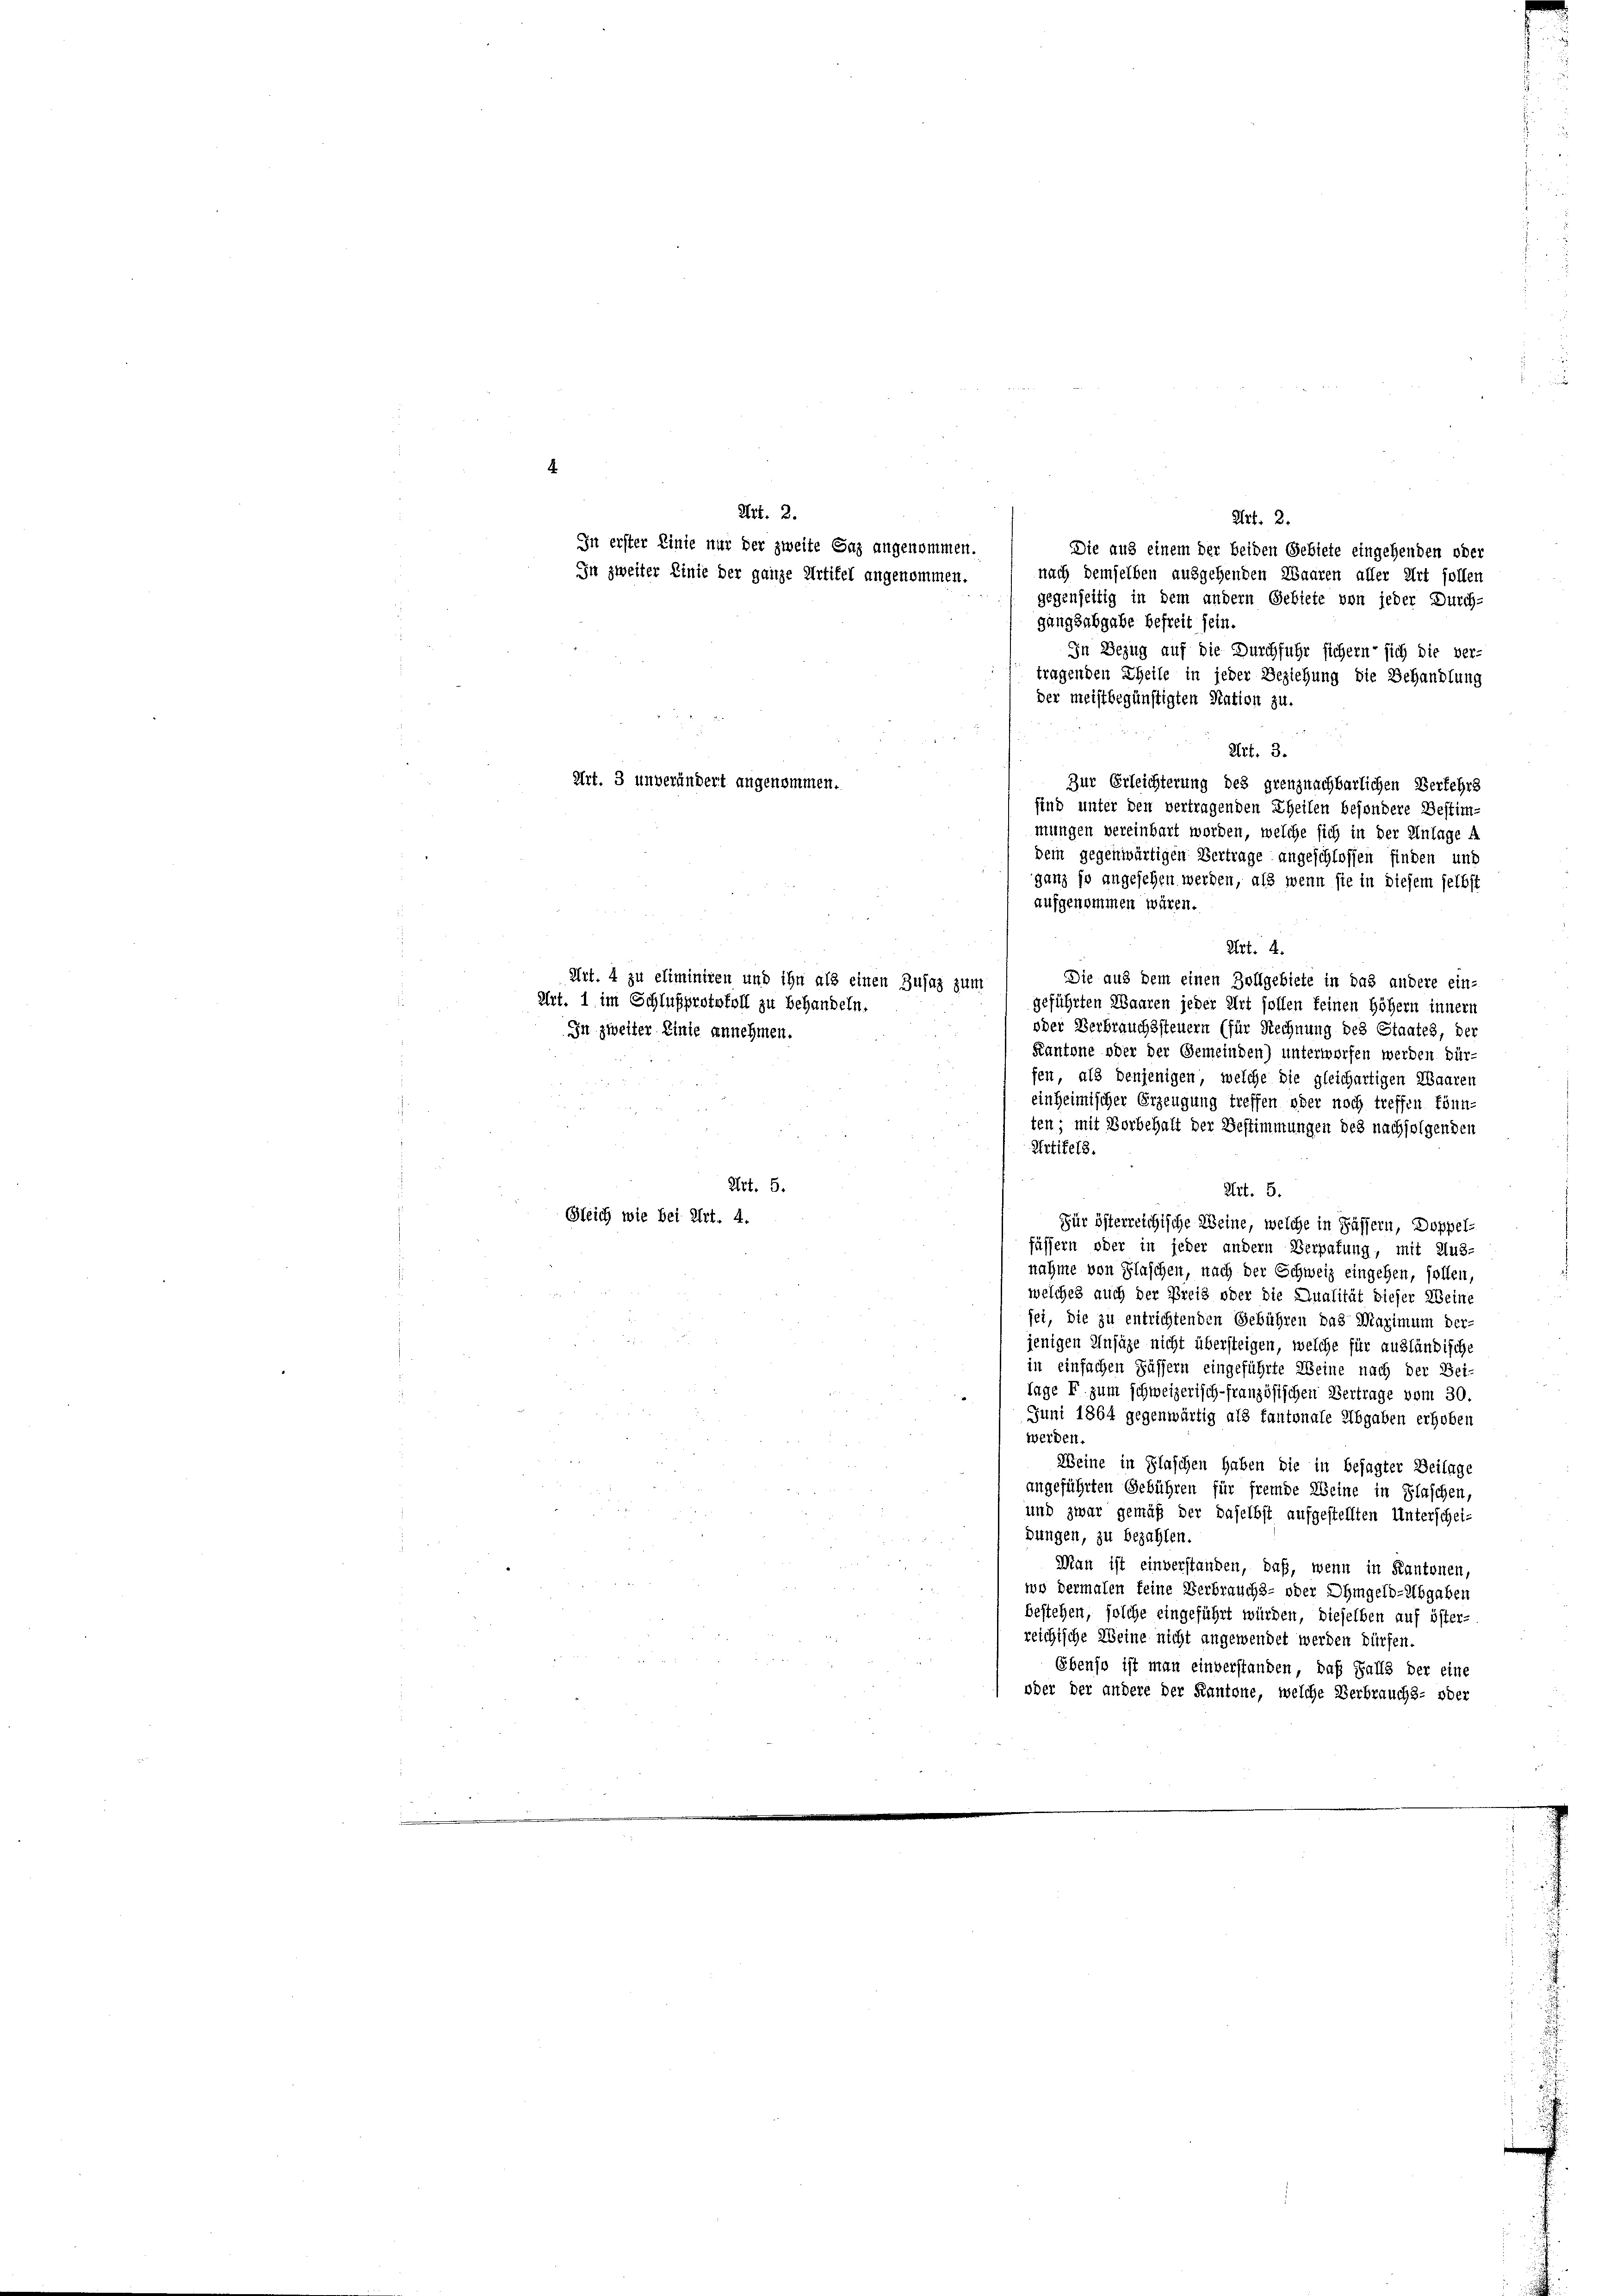
Die aus einem der beiden Gebiete eingehenden oder
nach demselben ausgehenden Waaren aller Art sollen
gegenseitig in dem andern Gebiete von jeder Durch-
gangsabgabe befreit sein.
In Bezug auf die Durchfuhr sichern sich die ver-
tragenden Theile in jeder Beziehung die Behandlung
der meistbegünstigten Nation zu.
Art. 3.
Zur Erleichterung des grenznachbarlichen Verkehrs
sind unter den vertragenden Theilen besondere Bestim-
mungen vereinbart worden, welche sich in der Einlage A
dem gegenwärtigen Vertrage angeschlossen finden und
ganz so angesehen werden, als wenn sie in diesem selbst
aufgenommen wären.
Art. 4.
Die aus dem einen Zollgebiete in das andere ein-
geführten Waaren jeder Art sollen keinen Höhern innern
oder Verbrauchssteuern (für Rechnung des Staates, der
Kantone oder der Gemeinden) unterworfen werden Bür-
fen, als denjenigen, welche die gleichartigen Waaren
einheimischer Erzeugung treffen oder noch treffen könn-
ten; mit Vorbehalt der Bestimmungen des nachfolgenden
Artikels.
Art. 5.
Art. 5.
Gleich wie bei Art. 4.
Für österreichische Weine, welche in Pässern, Doppelfüssern oder in jeder andern Verpafung, mit Aus-
nahme von Flaschen, nach der Schweiz eingehen, sollen,
welches auch der Preis oder die Qualität dieser Weine
fei, die zu entrichtenden Gebühren das Maximum der-
jenigen Unsäze nicht übersteigen, welche für ausländische
in einfachen Fässern eingeführte Meine nach der Bei-
Tage F. zum schweizerisch-französischen Vertrage vom 30.
Juni 1864 gegenwärtig als fantonale Abgaben erhoben
werden.
Weine in Flaschen haben die in besagter Beilage
angeführten Gebühren für fremde Weine in Flaschen,
und zwar gemäß der daselbst aufgestellten Unterschei-
dungen, zu bezahlen.
Man ist einverstanden, daß, wenn in Kantonen,
wo dermalen keine Verbrauchs- oder Ohmgeld-Abgaben
bestehen, solche eingeführt würden, dieselben auf öster-
reichische Weine nicht angewendet werden dürfen.
Ebenso ist man einverstanden, daß Falls der eine
oder der andere der Kantone, welche Verbrauchs- oder

Art. 2.
In erster Linie nur der zweite Saz angenommen.
In zweiter Linie der ganze Artikel angenommen.

Art. 3 unverändert angenommen.

Art. 4 zu eliminiren und ihn als einen Zusaz zum
Art. 1 im Schlußprotokoll zu behandeln.
In zweiter Linie annehmen.

Art. 2.